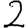
Digit: 2